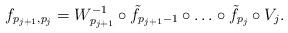
LaTeX: \begin{align*}f_{p_{j+1},p_j}=W_{p_{j+1}}^{-1} \circ \tilde{f}_{p_{j+1}-1}\circ \ldots \circ \tilde{f}_{p_j} \circ V_j.\end{align*}